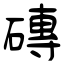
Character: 磚